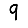
Digit: 9